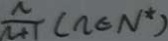
\frac { n } { n + 1 } ( n \in N ^ { \ast } )